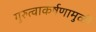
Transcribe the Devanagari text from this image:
गुरुत्वाकर्षणामुळीं